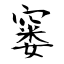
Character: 窭